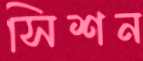
সিশন